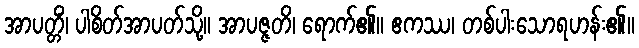
အာပတ္တိံ၊ ပါစိတ်အာပတ်သို့။ အာပဇ္ဇတိ၊ ရောက်၏။ ဧကဿ၊ တစ်ပါးသောရဟန်း၏။